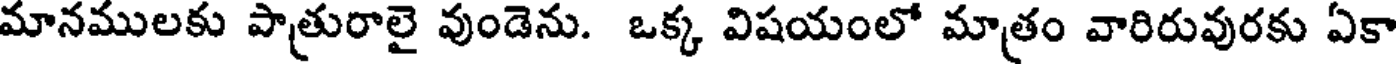
మానములకు పాత్రురాలై వుండెను. ఒక్క విషయంలో మాత్రం వారిరువురకు ఏకా